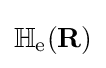
\mathbb {H} _{\text{e}}(\mathbf {R} )